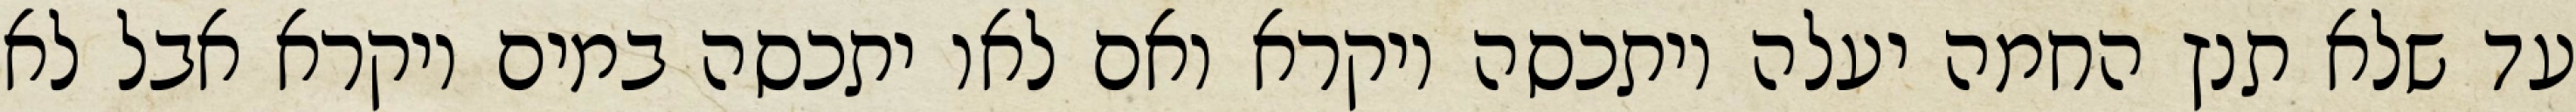
עד שלא תנץ החמה יעלה ויתכסה ויקרא ואם לאו יתכסה במים ויקרא אבל לא